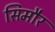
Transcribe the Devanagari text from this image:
सिमौर